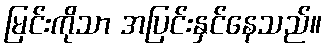
မြင်းကိုသာ အပြင်းနှင်နေသည်။